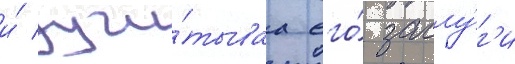
и́ учи́тываа его́ заслу́г'и